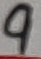
Text: 9